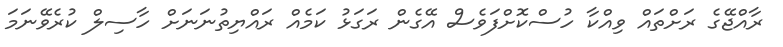
ރާއްޖޭގެ ރަށްތައް ވިއްކާ ހުސްކޮށްފަވެސް އޭގެން ރަގަޅު ކަމެއް ރައްޔިތުނަނަށް ހާސިލް ކުރެވޭނަމަ